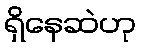
ရှိနေဆဲဟု